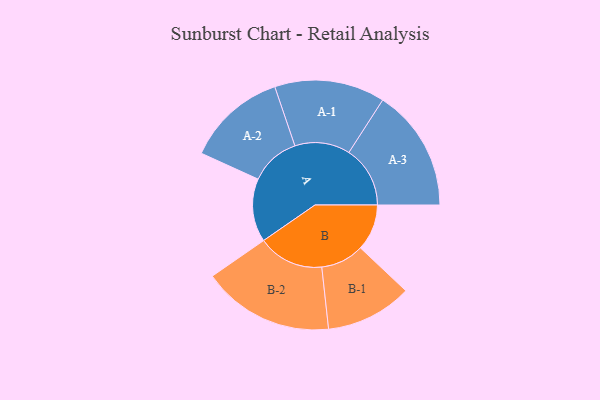
{"axis": {"x": "Segment", "y": "Value"}, "legend": ["", "A", "B"], "data": [{"x": "A", "y": 243, "type": ""}, {"x": "B", "y": 178, "type": ""}, {"x": "A-1", "y": 212, "type": "A"}, {"x": "A-2", "y": 192, "type": "A"}, {"x": "A-3", "y": 235, "type": "A"}, {"x": "B-1", "y": 166, "type": "B"}, {"x": "B-2", "y": 253, "type": "B"}]}